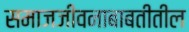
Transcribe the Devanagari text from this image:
समाजजीवनाबाबतीतील